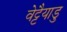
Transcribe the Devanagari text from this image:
वेट्टैयाडु